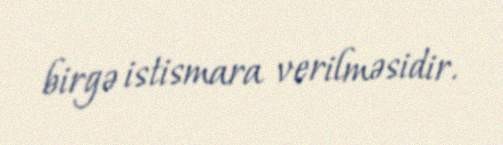
birgə istismara verilməsidir.